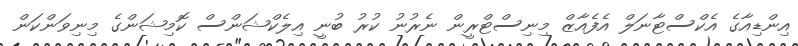
އިންޑިއާގެ އެކްސްޓާނަލް އެފެއާޒް މިނިސްޓްރީން ނެރުނު ކުރު ބުނީ އިލެކްޝަންސް ކޮމިޝަންގެ މިނިވަންކަން